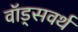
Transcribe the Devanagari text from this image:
वॉड्सवर्थ